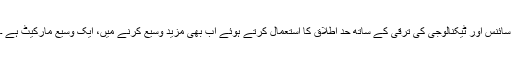
سائنس اور ٹیکنالوجی کی ترقی کے ساتھ حد اطلاق کا استعمال کرتے ہوئے اب بھی مزید وسیع کرنے میں، ایک وسیع مارکیٹ ہے ۔